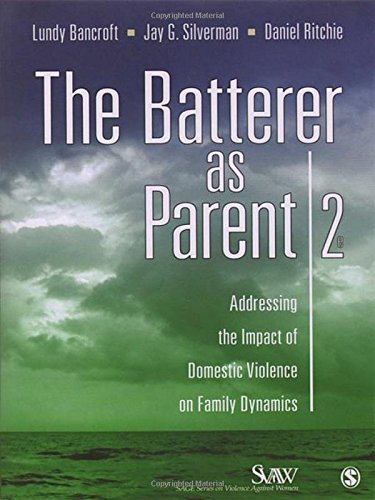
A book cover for The Batterer as Parent: Addressing the Impact of Domestic Violence on Family Dynamics (SAGE Series on Violence against Women); R. Lundy Bancroft; Parenting & Relationships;